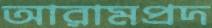
আরামপ্রদ